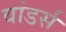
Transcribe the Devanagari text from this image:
वांडर्स